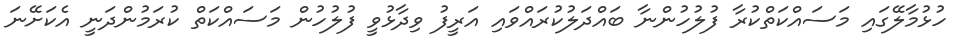
ހުޅުމާލޭގައި މަސައްކަތްކުރާ ފުލުހުންނާ ބައްދަލުކުރައްވައި އަރީފު ވިދާޅުވީ ފުލުހުން މަސައްކަތް ކުރަމުންދަނީ އެކަށޭނަ